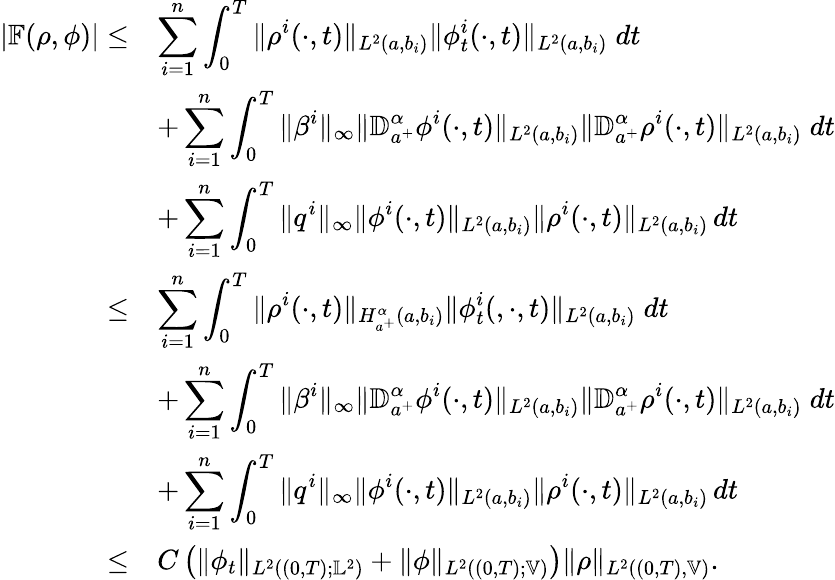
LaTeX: \begin{array}{rl}{\left|\mathbb{F}(\rho,\phi)\right|\leq}&{\displaystyle\sum_{i=1}^{n}\int_{0}^{T}\| \rho^{i}(\cdot,t)\| _{L^{2}(a,b_{i})}\| \phi_{t}^{i}(\cdot,t)\| _{L^{2}(a,b_{i})}\; dt}\\ &{+\displaystyle\sum_{i=1}^{n}\int_{0}^{T}\| \beta^{i}\| _{\infty}\| {\mathbb D}_{a^{+}}^{\alpha}\phi^{i}(\cdot,t)\| _{L^{2}(a,b_{i})}\| {\mathbb D}_{a^{+}}^{\alpha}\rho^{i}(\cdot,t)\| _{L^{2}(a,b_{i})}\; dt}\\ &{+\displaystyle\sum_{i=1}^{n}\int_{0}^{T}\| q^{i}\| _{\infty}\| \phi^{i}(\cdot,t)\| _{L^{2}(a,b_{i})}\| \rho^{i}(\cdot,t)\| _{L^{2}(a,b_{i})}\, dt}\\ {\leq}&{\displaystyle\sum_{i=1}^{n}\int_{0}^{T}\| \rho^{i}(\cdot,t)\| _{H_{a^{+}}^{\alpha}(a,b_{i})}\| \phi_{t}^{i}(,\cdot,t)\| _{L^{2}(a,b_{i})}\; dt}\\ &{+\displaystyle\sum_{i=1}^{n}\int_{0}^{T}\| \beta^{i}\| _{\infty}\| {\mathbb D}_{a^{+}}^{\alpha}\phi^{i}(\cdot,t)\| _{L^{2}(a,b_{i})}\| {\mathbb D}_{a^{+}}^{\alpha}\rho^{i}(\cdot,t)\| _{L^{2}(a,b_{i})}\; dt}\\ &{+\displaystyle\sum_{i=1}^{n}\int_{0}^{T}\| q^{i}\| _{\infty}\| \phi^{i}(\cdot,t)\| _{L^{2}(a,b_{i})}\| \rho^{i}(\cdot,t)\| _{L^{2}(a,b_{i})}\, dt}\\ {\leq}&{C\left(\| \phi_{t}\| _{L^{2}((0,T);\mathbb{L}^{2})}+\| \phi\| _{L^{2}((0,T);\mathbb{V})}\right)\| \rho\| _{L^{2}((0,T),\mathbb{V})}.}\end{array}